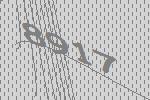
8917